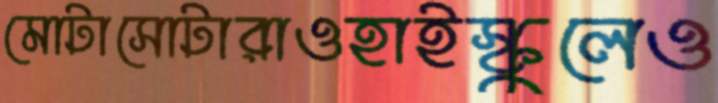
মোটাসোটারাওহাইস্কুলেও